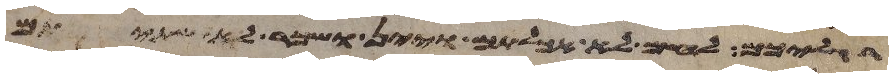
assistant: רגליכם לחם לא אכלתם ויין ושכר לא שתיתם